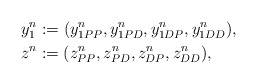
\begin{align*}& y_1^n := (y^n_{1PP}, y^n_{1PD}, y^n_{1DP}, y^n_{1DD}), \\& z^n := (z^n_{PP}, z^n_{PD}, z^n_{DP}, z^n_{DD}),\end{align*}